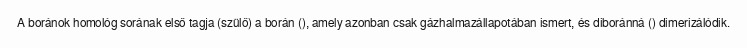
A boránok homológ sorának első tagja (szülő) a borán (), amely azonban csak gázhalmazállapotában ismert, és diboránná () dimerizálódik.